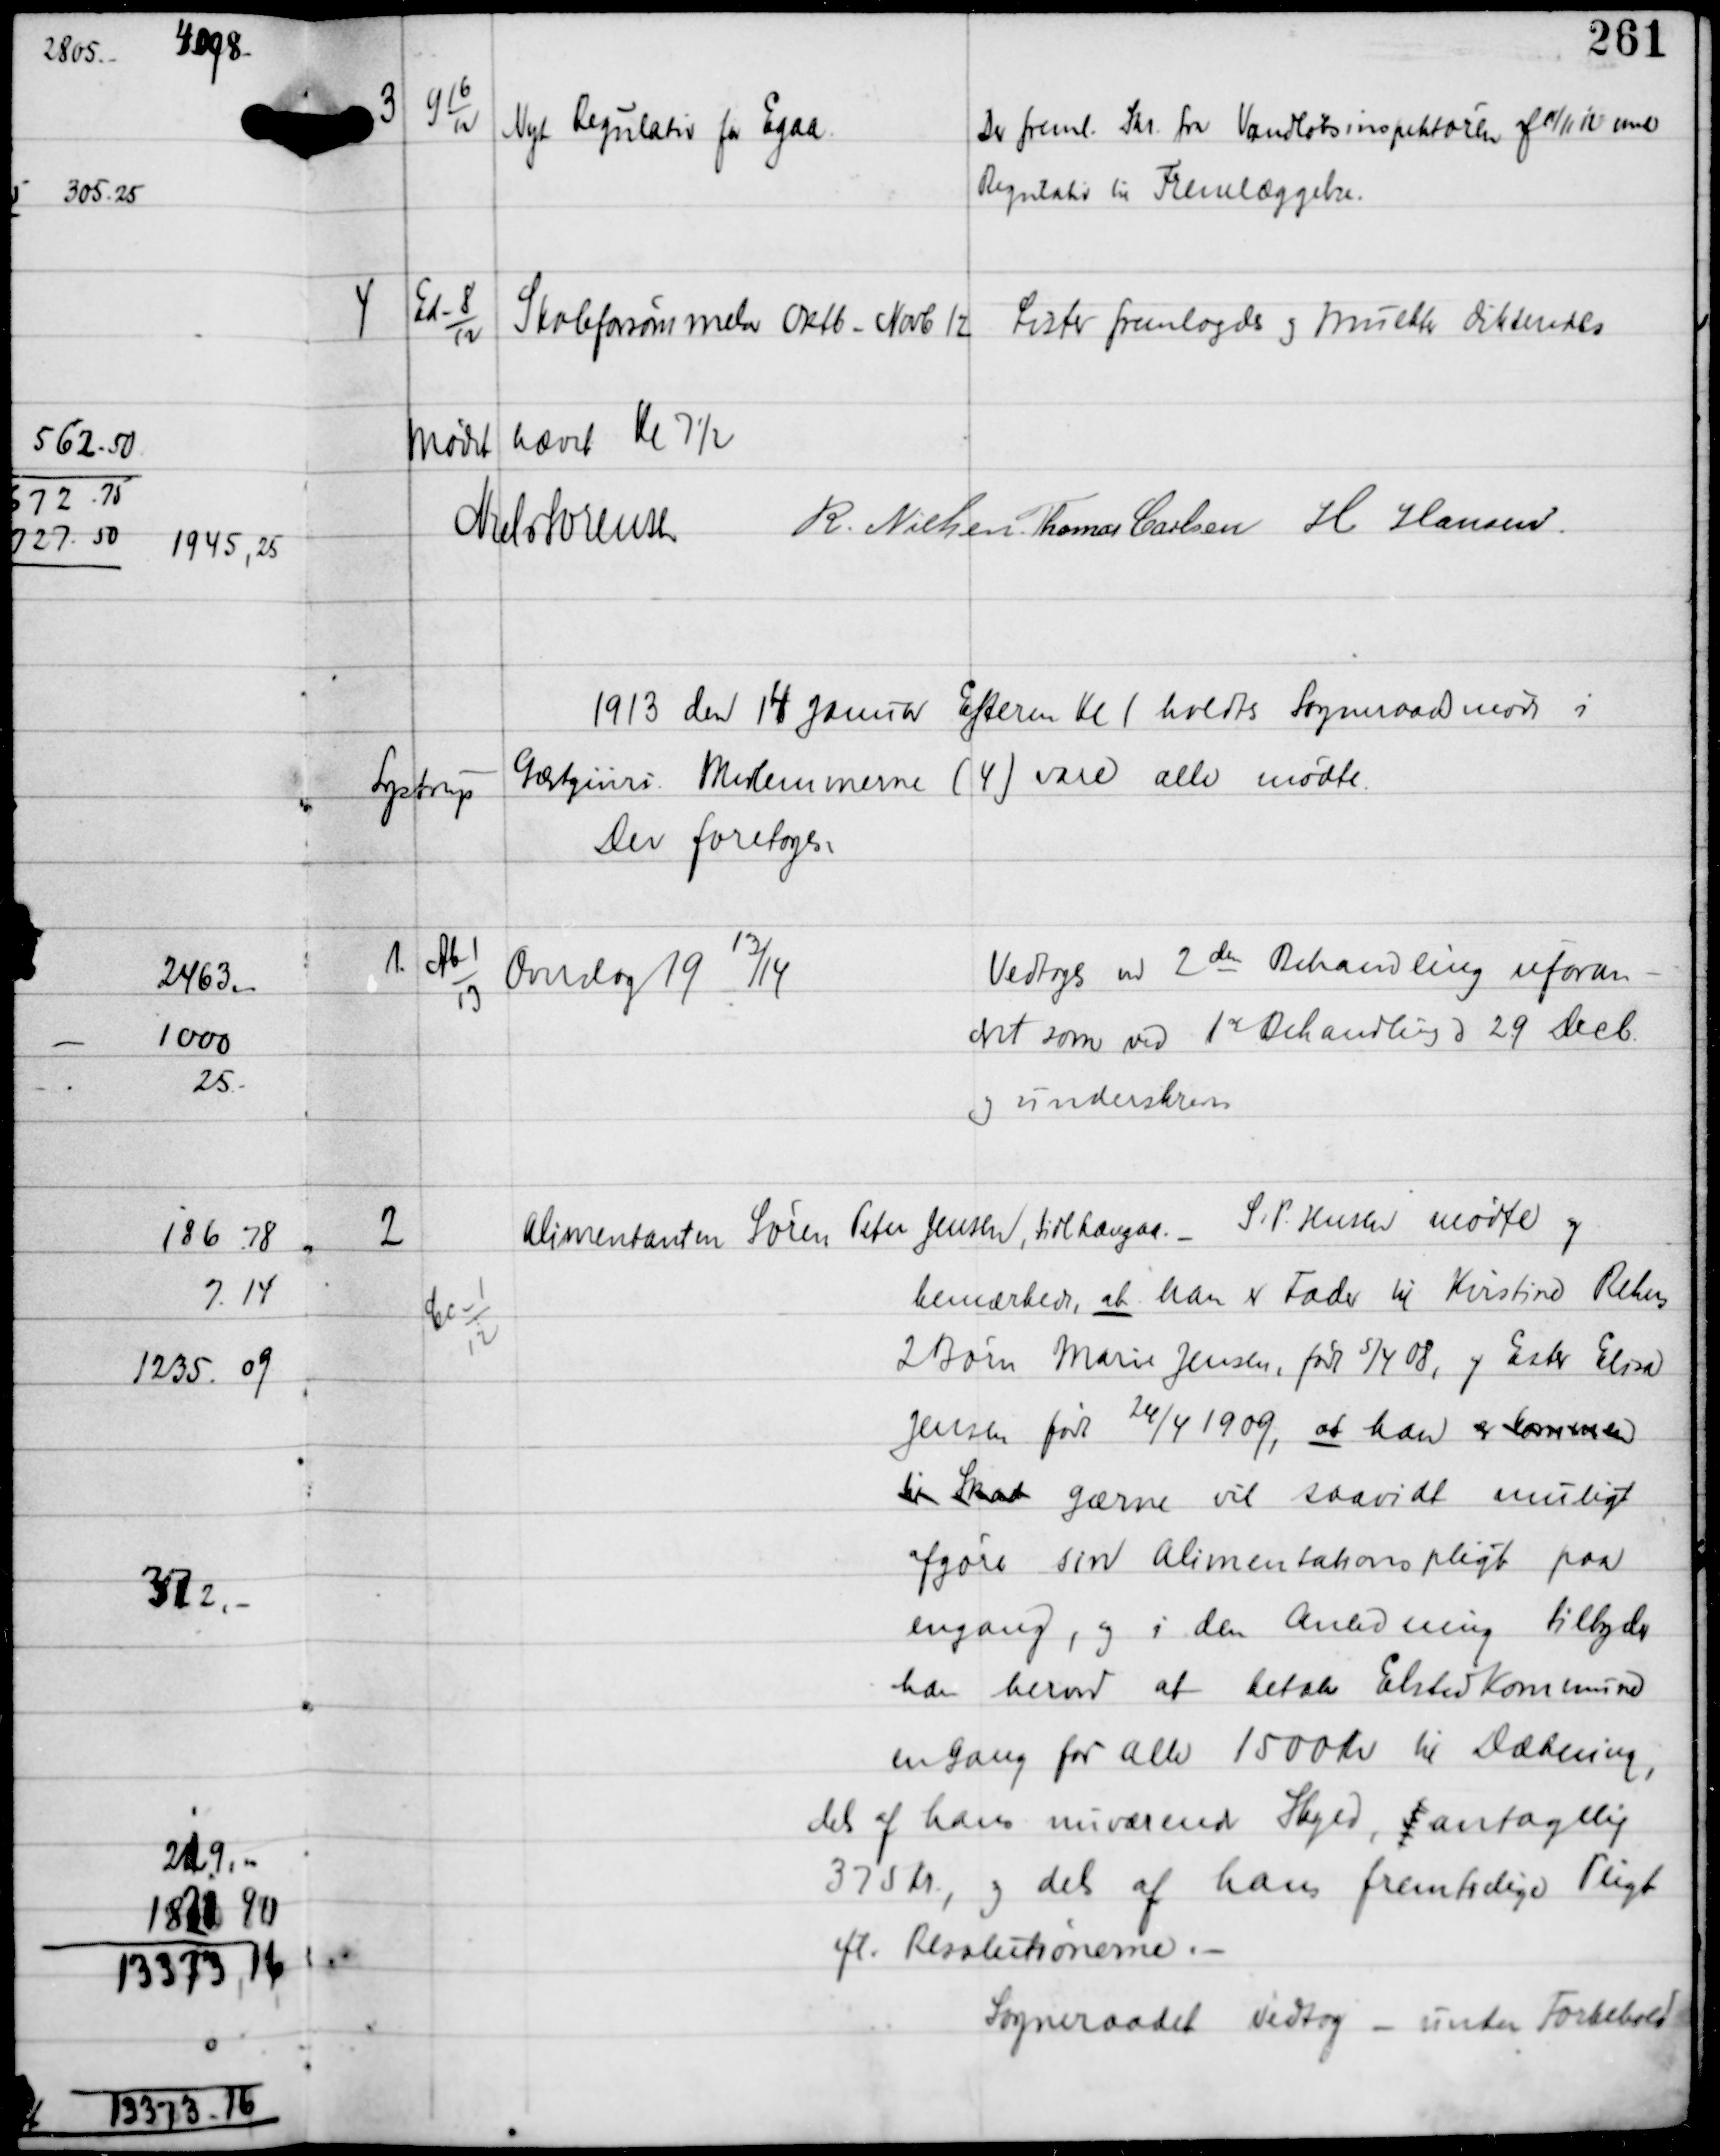
Transskription:
3

G 16
12

Ny Regulativ fra Egaa

Der freml. Skr fra Vandløbsinspektøren af 11/11 12 med
Regulativ til Fremlæggelse.

4

Ed-8
12

Skoleforsømmelser Oktb - Novb 12

Lister fremlagdes og Mulkter dikteredes

Mødet hævet Kl 7½
Niels Sørensen R Nielsen Thomas Carlsen H Hansen

1913 den 14 Januar Efterm Kl 1 holdtes Sogneraadsmøde i
Lystrup
Gæstgiveri. Medlemmerne (4) vare alle mødte
Der foretoges:

1.

Ab-1
13

Overslag 19
13
/14

Vedtoges ved 2den Behandling uforan-
dret som ved 1ste Behandling 29 Decb
og underskrevedes

2

Cc-1
12

Alimentanten Søren Peter Jensen, tidl Langaa. - S.P. Husen mødte og
bemærkede, at han er Fader til Kirstine Rehers
2 Børn Marie Jensen, født 5/4 08, og Ester Eline
Jensen, født 24/4 1909, at han er kommen
til Skat gærne vil saavidt muligt
afgøre sin Alimentationspligt paa
engang, og i den Anledning tilbyder
han herved at betale Elsted Kommune
en gang for alle 1500 Kr til Dækning,
dels af hans nuværende Skyld t antagelig
375 Kr, og dels af hans fremtidige Pligt
ifl Resolutionerne. -
Sogneraadet vedtog - under Forbehold